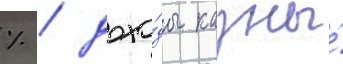
% / дохо́ды казны́